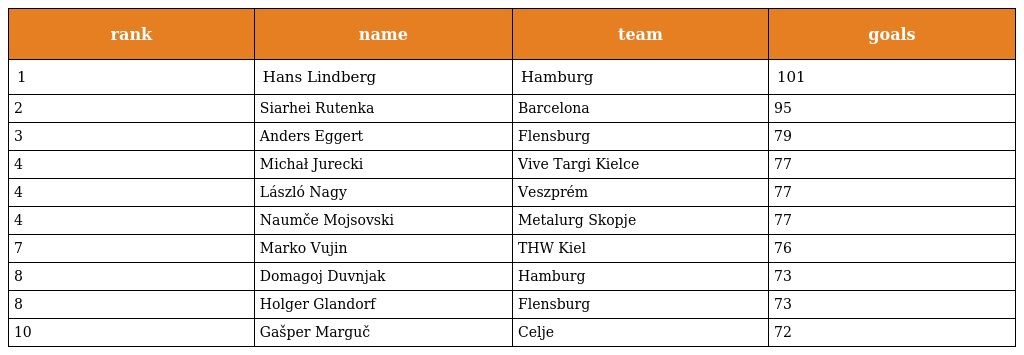
| rank | name | team | goals |
 | --- | --- | --- | --- |
 | 1 | Hans Lindberg | Hamburg | 101 |
 | 2 | Siarhei Rutenka | Barcelona | 95 |
 | 3 | Anders Eggert | Flensburg | 79 |
 | 4 | Michał Jurecki | Vive Targi Kielce | 77 |
 | 4 | László Nagy | Veszprém | 77 |
 | 4 | Naumče Mojsovski | Metalurg Skopje | 77 |
 | 7 | Marko Vujin | THW Kiel | 76 |
 | 8 | Domagoj Duvnjak | Hamburg | 73 |
 | 8 | Holger Glandorf | Flensburg | 73 |
 | 10 | Gašper Marguč | Celje | 72 |